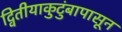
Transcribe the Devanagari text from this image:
द्वितीयाकुटुंबापासून